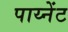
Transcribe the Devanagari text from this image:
पाय्नेंट